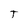
Character: T